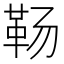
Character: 𱁱